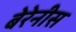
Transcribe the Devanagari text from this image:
बेरेनीस